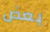
بعض